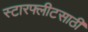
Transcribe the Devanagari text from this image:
स्टारफ्लीटसाठी